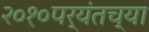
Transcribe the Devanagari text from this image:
२०१०पर्यंतच्या